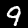
Label: 9